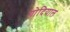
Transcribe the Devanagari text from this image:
गोदियाल